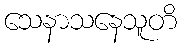
သေနာသနေသူတိ